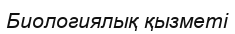
Биологиялық қызметі